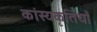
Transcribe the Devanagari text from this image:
कांस्यकृतियाँ